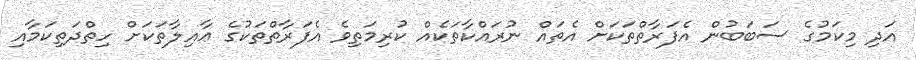
އަދި މިކަމުގެ ސަބަބުން އެފަރާތްތަކަށް އެތައް ނުރައްކާތަކެއް ކުރިމަތިވެ އެފަރާތްތަކުގެ ޢާއިލާތަކަށް ހިތްދަތިކަމާއި